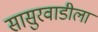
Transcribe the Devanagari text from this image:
सासुरवाडीला